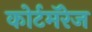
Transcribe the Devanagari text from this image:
कोर्टमॅरेज